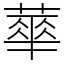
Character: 蕐